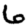
Digit: 6